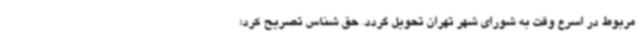
مربوط در اسرع وقت به شورای شهر تهران تحویل گردد. حق شناس تصریح کرد: